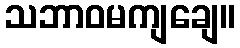
သဘာဝမကျချေ။